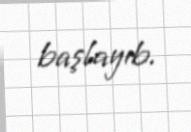
başlayıb.